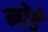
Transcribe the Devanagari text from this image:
नोडे